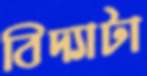
বিদ্যাটা